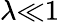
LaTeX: \lambda{\ll}1